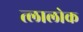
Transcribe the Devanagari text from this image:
त्लालोक